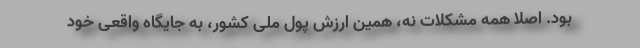
بود. اصلا همه مشکلات نه، همین ارزش پول ملی کشور، به جایگاه واقعی خود